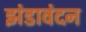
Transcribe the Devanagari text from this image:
झंडावंदन